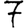
Digit: 7